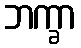
ဘက္ခာ